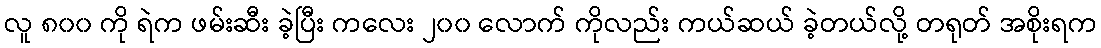
လူ ၈၀၀ ကို ရဲက ဖမ်းဆီး ခဲ့ပြီး ကလေး ၂၀၀ လောက် ကိုလည်း ကယ်ဆယ် ခဲ့တယ်လို့ တရုတ် အစိုးရက